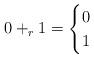
LaTeX: \begin{align*} 0 +_r 1 = \begin{cases} 0 & \\ 1 & \end{cases}\end{align*}